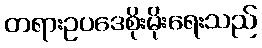
တရားဥပဒေစိုးမိုးရေးသည်